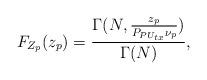
LaTeX: \begin{align*}{F_{{Z_p }}}({z_p }) =\frac{{\Gamma (N,\frac{{{z_p }}}{{{P_{P{U_{tx}}}}{\nu _p }}})}}{{\Gamma (N)}},\end{align*}